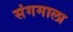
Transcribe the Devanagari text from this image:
संगमाला